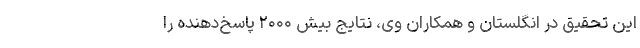
این تحقیق در انگلستان و همکاران وی، نتایج بیش ۲۰۰۰ پاسخ‌دهنده را